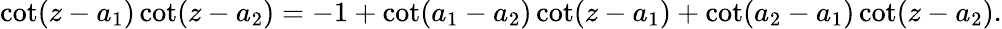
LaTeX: \cot(z-a_{1})\cot(z-a_{2})=-1+\cot(a_{1}-a_{2})\cot(z-a_{1})+\cot(a_{2}-a_{1})\cot(z-a_{2}).